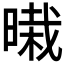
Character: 𰖜